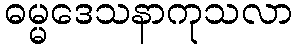
ဓမ္မဒေသနာကုသလာ